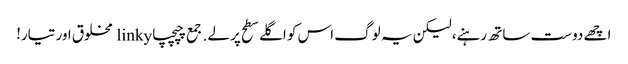
اچھے دوست ساتھ رہنے، لیکن یہ لوگ اس کو اگلے سطح پر لے. جمع چپچپا linky مخلوق اور تیار!